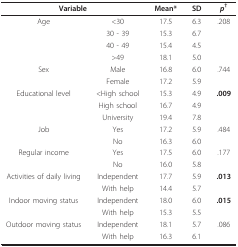
<table><thead><tr><td colspan="2"><b>Variable</b></td><td><b>Mean*</b></td><td><b>SD</b></td><td><b><i>p</i><sup>†</sup></b></td></tr></thead><tbody><tr><td>Age</td><td>&lt;30</td><td>17.5</td><td>6.3</td><td>.208</td></tr><tr><td>[EMPTY_CELL]</td><td>30 - 39</td><td>15.3</td><td>6.7</td><td>[EMPTY_CELL]</td></tr><tr><td>[EMPTY_CELL]</td><td>40 - 49</td><td>15.4</td><td>4.5</td><td>[EMPTY_CELL]</td></tr><tr><td>[EMPTY_CELL]</td><td>&gt;49</td><td>18.1</td><td>5.0</td><td>[EMPTY_CELL]</td></tr><tr><td>Sex</td><td>Male</td><td>16.8</td><td>6.0</td><td>.744</td></tr><tr><td>[EMPTY_CELL]</td><td>Female</td><td>17.2</td><td>5.9</td><td>[EMPTY_CELL]</td></tr><tr><td>Educational level</td><td><high school=""><td>15.3</td><td>4.9</td><td><b>.009</b></td></high></td></tr><tr><td>[EMPTY_CELL]</td><td>High school</td><td>16.7</td><td>4.9</td><td>[EMPTY_CELL]</td></tr><tr><td>[EMPTY_CELL]</td><td>University</td><td>19.4</td><td>7.8</td><td>[EMPTY_CELL]</td></tr><tr><td>Job</td><td>Yes</td><td>17.2</td><td>5.9</td><td>.484</td></tr><tr><td>[EMPTY_CELL]</td><td>No</td><td>16.3</td><td>6.0</td><td>[EMPTY_CELL]</td></tr><tr><td>Regular income</td><td>Yes</td><td>17.5</td><td>6.0</td><td>.177</td></tr><tr><td>[EMPTY_CELL]</td><td>No</td><td>16.0</td><td>5.8</td><td>[EMPTY_CELL]</td></tr><tr><td>Activities of daily living</td><td>Independent</td><td>17.7</td><td>5.9</td><td><b>.013</b></td></tr><tr><td>[EMPTY_CELL]</td><td>With help</td><td>14.4</td><td>5.7</td><td>[EMPTY_CELL]</td></tr><tr><td>Indoor moving status</td><td>Independent</td><td>18.0</td><td>6.0</td><td><b>.015</b></td></tr><tr><td>[EMPTY_CELL]</td><td>With help</td><td>15.3</td><td>5.5</td><td>[EMPTY_CELL]</td></tr><tr><td>Outdoor moving status</td><td>Independent</td><td>18.1</td><td>5.7</td><td>.086</td></tr><tr><td>[EMPTY_CELL]</td><td>With help</td><td>16.3</td><td>6.1</td><td>[EMPTY_CELL]</td></tr></tbody></table>